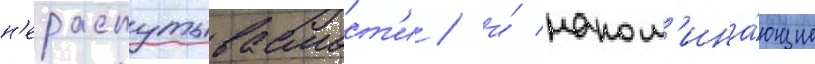
н'ераспутываемост'и / и́ напом'ина́ющие